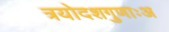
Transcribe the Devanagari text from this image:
त्रयोदशगुणाःअ